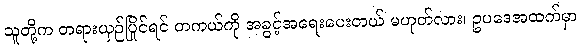
သူတို့က တရားယှဉ်ပြိုင်ရင် တကယ်ကို အခွင့်အရေးပေးတယ် မဟုတ်လား၊ ဥပဒေအထက်မှာ